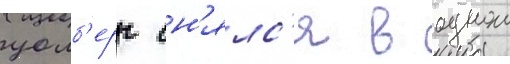
уолб'ерг сн'ялс'я в однои